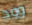
وود